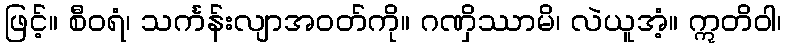
ဖြင့်။ စီဝရံ၊ သင်္ကန်းလျာအဝတ်ကို။ ဂဏှိဿာမိ၊ လဲယူအံ့။ ဣတိဝါ၊